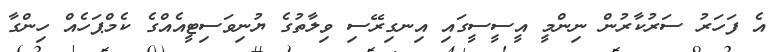
އެ ފަހަރު ސަރުކާރުން ނިންމީ އީސީސީގައި އިނގިރޭސި ވިލާތުގެ ޔުނިވަސިޓީއެއްގެ ކެމްޕަހެއް ހިންގާ